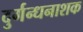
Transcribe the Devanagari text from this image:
दुर्गन्धनाशक